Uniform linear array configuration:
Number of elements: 24
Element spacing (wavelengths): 1
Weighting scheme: exponential
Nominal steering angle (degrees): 30
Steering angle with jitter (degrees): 29.681
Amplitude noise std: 0.05
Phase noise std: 0.05

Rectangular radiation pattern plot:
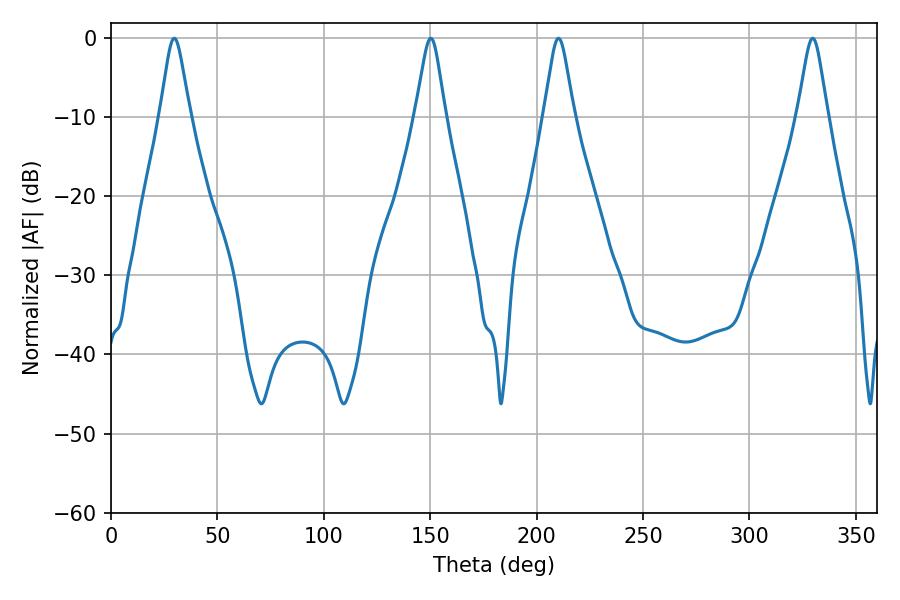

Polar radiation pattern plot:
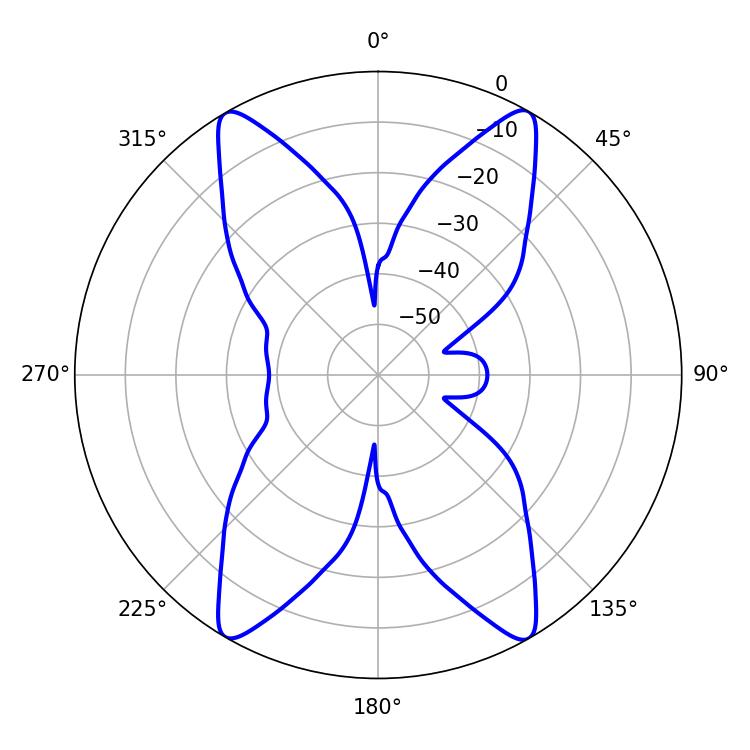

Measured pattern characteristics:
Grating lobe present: TRUE
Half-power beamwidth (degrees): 6.66
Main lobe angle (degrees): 29.7